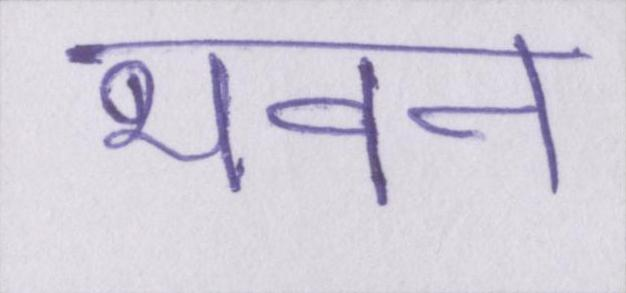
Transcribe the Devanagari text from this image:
भवन